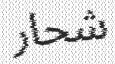
شحار